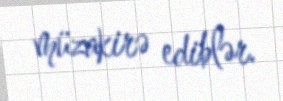
müzakirə ediblər.